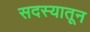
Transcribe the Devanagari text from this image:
सदस्यातून